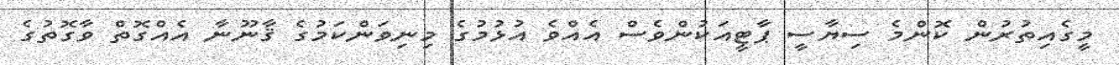
މީގެއިތުރުން ކޮންމެ ސިޔާސީ ޕާޓީއަކުންވެސް އެއްވެ އުޅުމުގެ މިނިވަންކަމުގެ ޤާނޫނާ އެއްގޮތް ވާގޮތުގެ